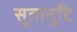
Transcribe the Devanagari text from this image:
सुतानुटि